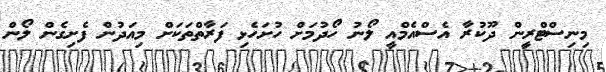
މިނިސްޓްރީން ދޫކުރާ އެސްއެމްއީ ލޯނު ހޯދުމަށް ހުށަހެޅި ފަރާތްތަކަށް މިއަދުން ފެށިގެން ލޯން